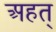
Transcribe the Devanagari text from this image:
अहत्